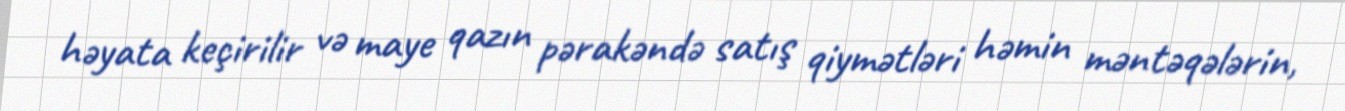
həyata keçirilir və maye qazın pərakəndə satış qiymətləri həmin məntəqələrin,